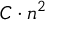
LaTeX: C \cdot n ^ { 2 }